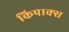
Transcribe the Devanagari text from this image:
किपाक्स